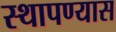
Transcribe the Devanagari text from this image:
स्थापण्यास